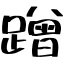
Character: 蹭